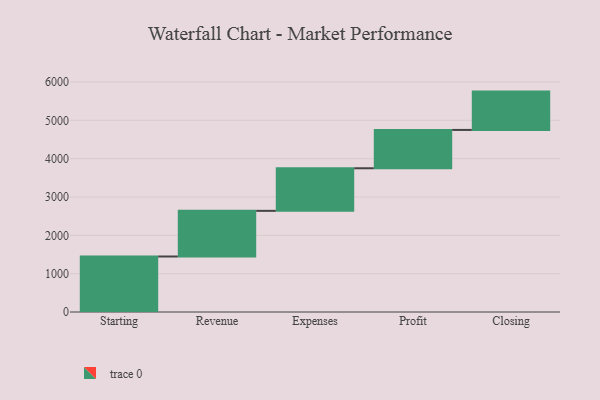
{"axis": {"x": "Step", "y": "Value"}, "legend": [""], "data": [{"x": "Starting", "y": 1448.0, "type": ""}, {"x": "Revenue", "y": 1191.0, "type": ""}, {"x": "Expenses", "y": 1111.0, "type": ""}, {"x": "Profit", "y": 1000, "type": ""}, {"x": "Closing", "y": 1000, "type": ""}]}